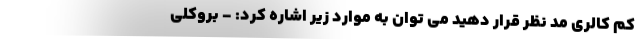
کم کالری مد نظر قرار دهید می توان به موارد زیر اشاره کرد: - بروکلی